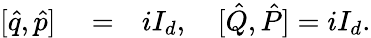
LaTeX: \begin{array}{rlr}{[\hat{q},\hat{p}]}&{{}=}&{iI_{d},\quad[\hat{Q},\hat{P}]=iI_{d}.}\end{array}